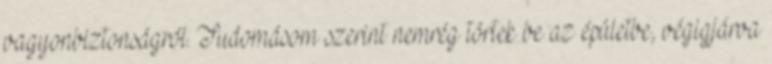
vagyonbiztonságról. Tudomásom szerint nemrég törtek be az épületbe, végigjárva